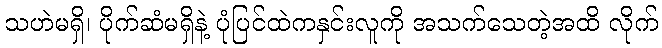
သဟဲမရှိ၊ ပိုက်ဆံမရှိနဲ့ ပုံပြင်ထဲကနှင်းလူကို အသက်သေတဲ့အထိ လိုက်